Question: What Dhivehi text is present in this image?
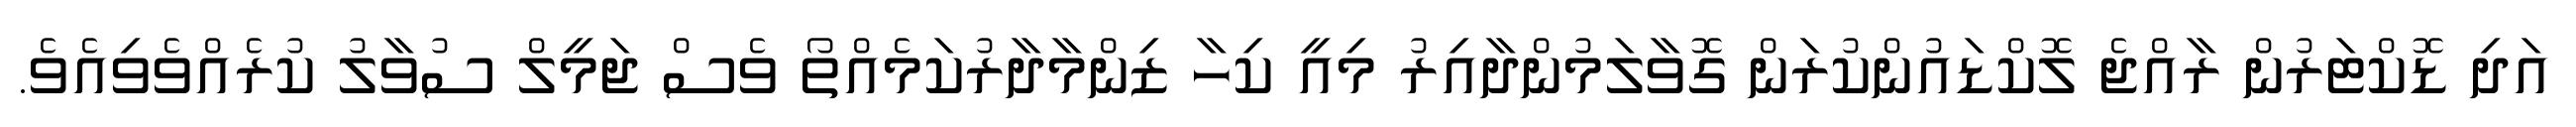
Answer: އަދި ޑޮކްޓަރުން ރާއްޖެ ލޮކްޑައުންކުރަން ގޮވާލަމުންދާއިރު މިއީ ކިހާ ޒިންމާދާރުކަމެއްތޯ ވެސް ޖަމީލް ސުވާލު ކުރެއްވެވިއެވެ.